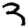
Digit: 3